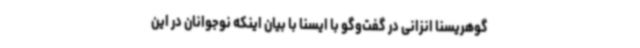
گوهریسنا انزانی در گفت‌وگو با ایسنا با بیان اینکه نوجوانان در این